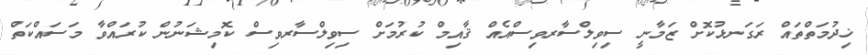
ޚިދުމަތްތައް ރަގަނޅުކޮށް ޒަމާނީ ސިވިލްސާރވިސްއެއް ޤާއިމް ކުރުމަށް ސިވިލްސާރވިސް ކޮމިޝަނުން ކުރައްވާ މަސައްކަތް